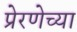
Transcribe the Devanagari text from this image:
प्रेरणेच्या